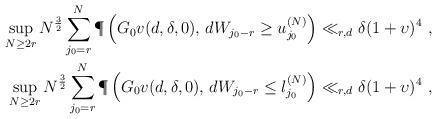
LaTeX: \begin{align*}\sup_{N \geq 2r} N^{\frac{3}{2}} \sum_{j_0=r}^{N} \P\left( G_0v(d,\delta,0),\, d W_{j_0-r}\geq u_{j_0}^{(N)} \right)\ll_{r, d} \delta (1+ \upsilon)^4 \ ,\\ \sup_{N \geq 2r} N^{\frac{3}{2}} \sum_{j_0=r}^{N} \P\left( G_0v(d,\delta,0),\, d W_{j_0-r}\leq l_{j_0}^{(N)} \right) \ll_{r, d} \delta (1 + \upsilon)^4 \ ,\end{align*}